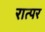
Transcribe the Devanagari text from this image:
रात्पर